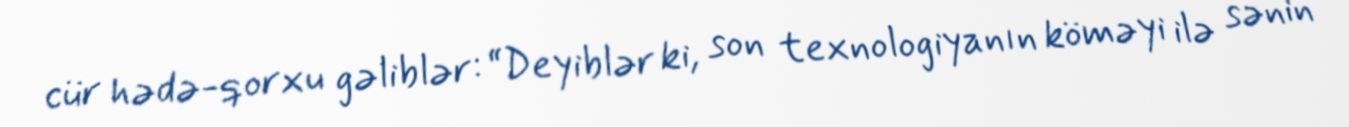
cür hədə-qorxu gəliblər: “Deyiblər ki, son texnologiyanın köməyi ilə sənin